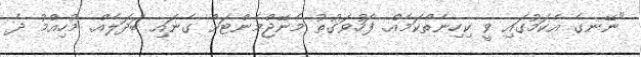
"ނޭނގެ އެކަމުގައި ވީ ކިހިނެތްކަމެއް. ފަހުވަގުތު މެނޭޖްމެންޓަށް ގެނައި ބަދަލެއް. މުހިއްމު ދެ